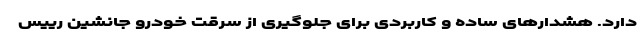
دارد. هشدارهای ساده و کاربردی برای جلوگیری از سرقت خودرو جانشین رییس